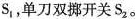
S_{1}，单刀双挪开关S_{2}。